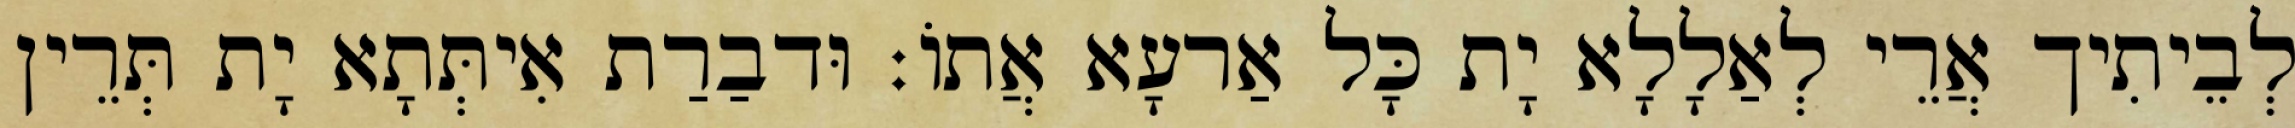
לְבֵיתִיך אֲרֵי לְאַלָלָא יָת כָּל אַרעָא אֲתוֹ׃ וּדבַרַת אִיתְּתָא יָת תְּרֵין